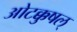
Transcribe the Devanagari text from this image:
ओटक्कुषल्